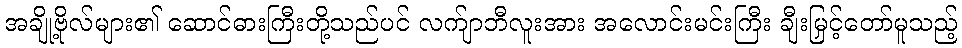
အချို့ဗိုလ်များ၏ ဆောင်ဓားကြီးတို့သည်ပင် လက်ျာဘီလူးအား အလောင်းမင်းကြီး ချီးမြှင့်တော်မူသည့်